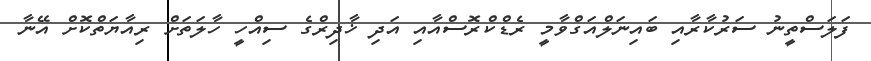
ފަލަސްތީނު ސަރުކާރާއި ބައިނަލްއަގްވާމީ ރެޑްކްރޮސްއާއި އަދި ޚާދިރްގެ ސިއްހީ ހާލަތަށް ރިއާޔަތްކޮށް އޭނާ